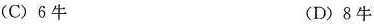
(C)6牛 (D)8牛